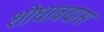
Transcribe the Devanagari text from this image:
शोधावयास